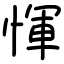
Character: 惲